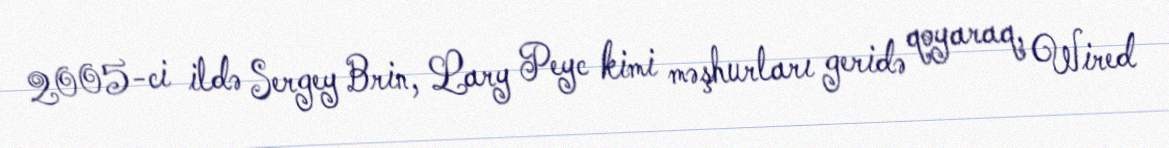
2005-ci ildə Sergey Brin, Lary Peyc kimi məşhurları geridə qoyaraq, Wired